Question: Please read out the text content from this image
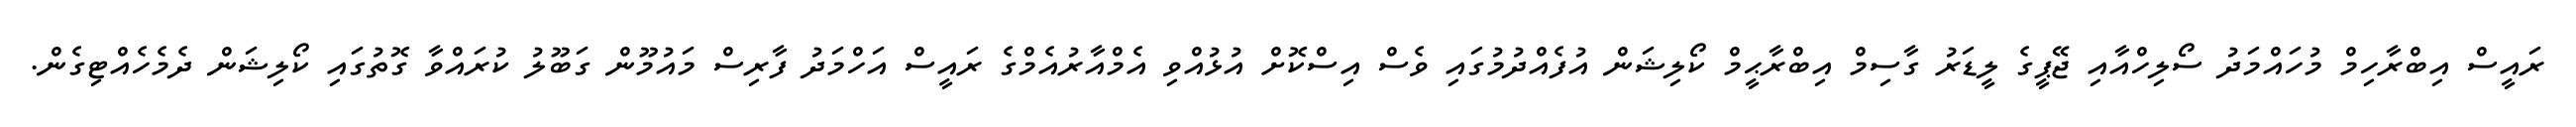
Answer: ރައީސް އިބްރާހިމް މުހައްމަދު ސޯލިހްއާއި ޖޭޕީގެ ލީޑަރު ގާސިމް އިބްރާޙީމް ކޯލިޝަން އުފެއްދުމުގައި ވެސް އިސްކޮށް އުޅުއްވި އެމްއާރުއެމްގެ ރައީސް އަހްމަދު ފާރިސް މައުމޫން ގަބޫލު ކުރައްވާ ގޮތުގައި ކޯލިޝަން ދެމެހެއްޓިގެން.